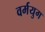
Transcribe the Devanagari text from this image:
वर्मयुग